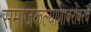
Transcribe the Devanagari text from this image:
समाजकल्याणाबरोबरच